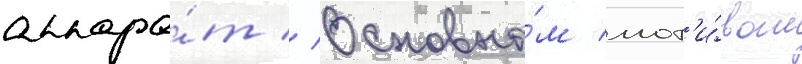
аппара́т // Основны́м мот'и́вом